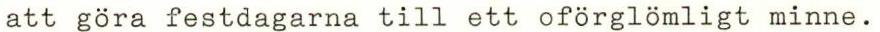
att göra festdagarna till ett oförglömligt minne.